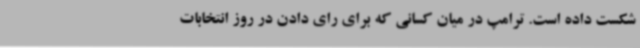
شکست داده است. ترامپ در میان کسانی که برای رای دادن در روز انتخابات